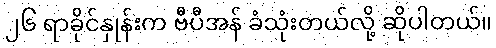
၂၆ ရာခိုင်နှုန်းက ဗီပီအန် ခံသုံးတယ်လို့ ဆိုပါတယ်။